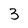
Character: 3